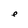
Character: e